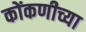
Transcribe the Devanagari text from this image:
कोंकणीच्या